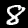
Label: 8